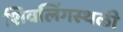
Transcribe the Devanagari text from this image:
शिवलिंगस्थळी